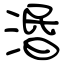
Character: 湣